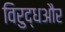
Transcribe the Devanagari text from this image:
विरुद्धऔर